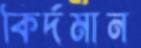
কির্দমান